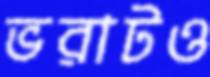
ভরাটও